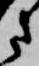
さ